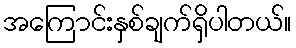
အကြောင်းနှစ်ချက်ရှိပါတယ်။